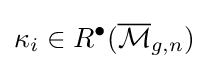
\kappa _{i}\in R^{\bullet }({\overline {\mathcal {M}}}_{g,n})